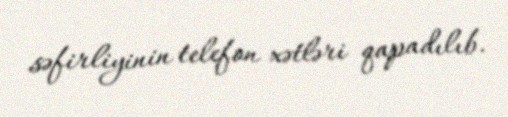
səfirliyinin telefon xətləri qapadılıb.